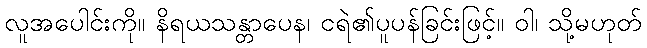
လူအပေါင်းကို။ နိရယသန္တာပေန၊ ငရဲ၏ပူပန်ခြင်းဖြင့်။ ဝါ၊ သို့မဟုတ်